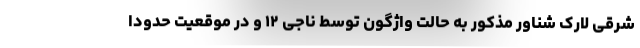
شرقی لارک شناور مذکور به حالت واژگون توسط ناجی ۱۲ و در موقعیت حدوداً